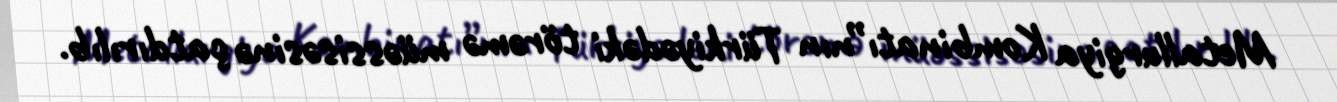
Metallurgiya Kombinatı”nın Türkiyədəki törəmə müəssisəsinə çatdırılıb.